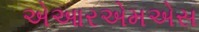
એઆરએમએસ